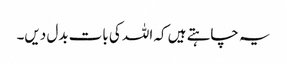
یہ چاہتے ہیں کہ اللہ کی بات بدل دیں۔